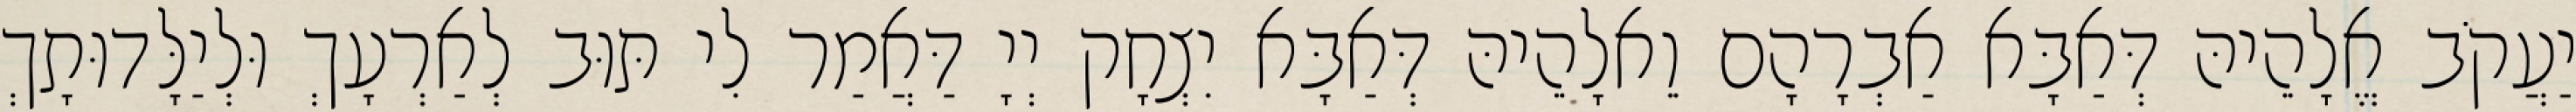
יַעֲקֹב אֱלָהֵיהּ דְּאַבָּא אַבְרָהָם וֵאלָהֵיהּ דְּאַבָּא יִצְחָק יְיָ דַּאֲמַר לִי תּוּב לְאַרְעָךְ וּלְיַלָּדוּתָךְ